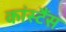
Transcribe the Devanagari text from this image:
कांस्टैंस